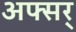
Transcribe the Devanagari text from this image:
अफ्सर्